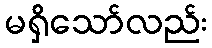
မရှိသော်လည်း